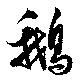
鵝